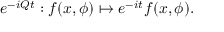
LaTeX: e ^ { - i Q t } : f ( x , \phi ) \mapsto e ^ { - i t } f ( x , \phi ) .